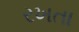
રખતા